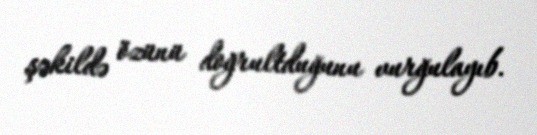
şəkildə özünü doğrultduğunu vurğulayıb.